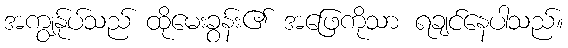
အကျွန်ုပ်သည် ထိုမေးခွန်း၏ အဖြေကိုသာ ရချင်နေပါသည်။